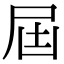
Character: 屆